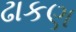
ઢાકણ